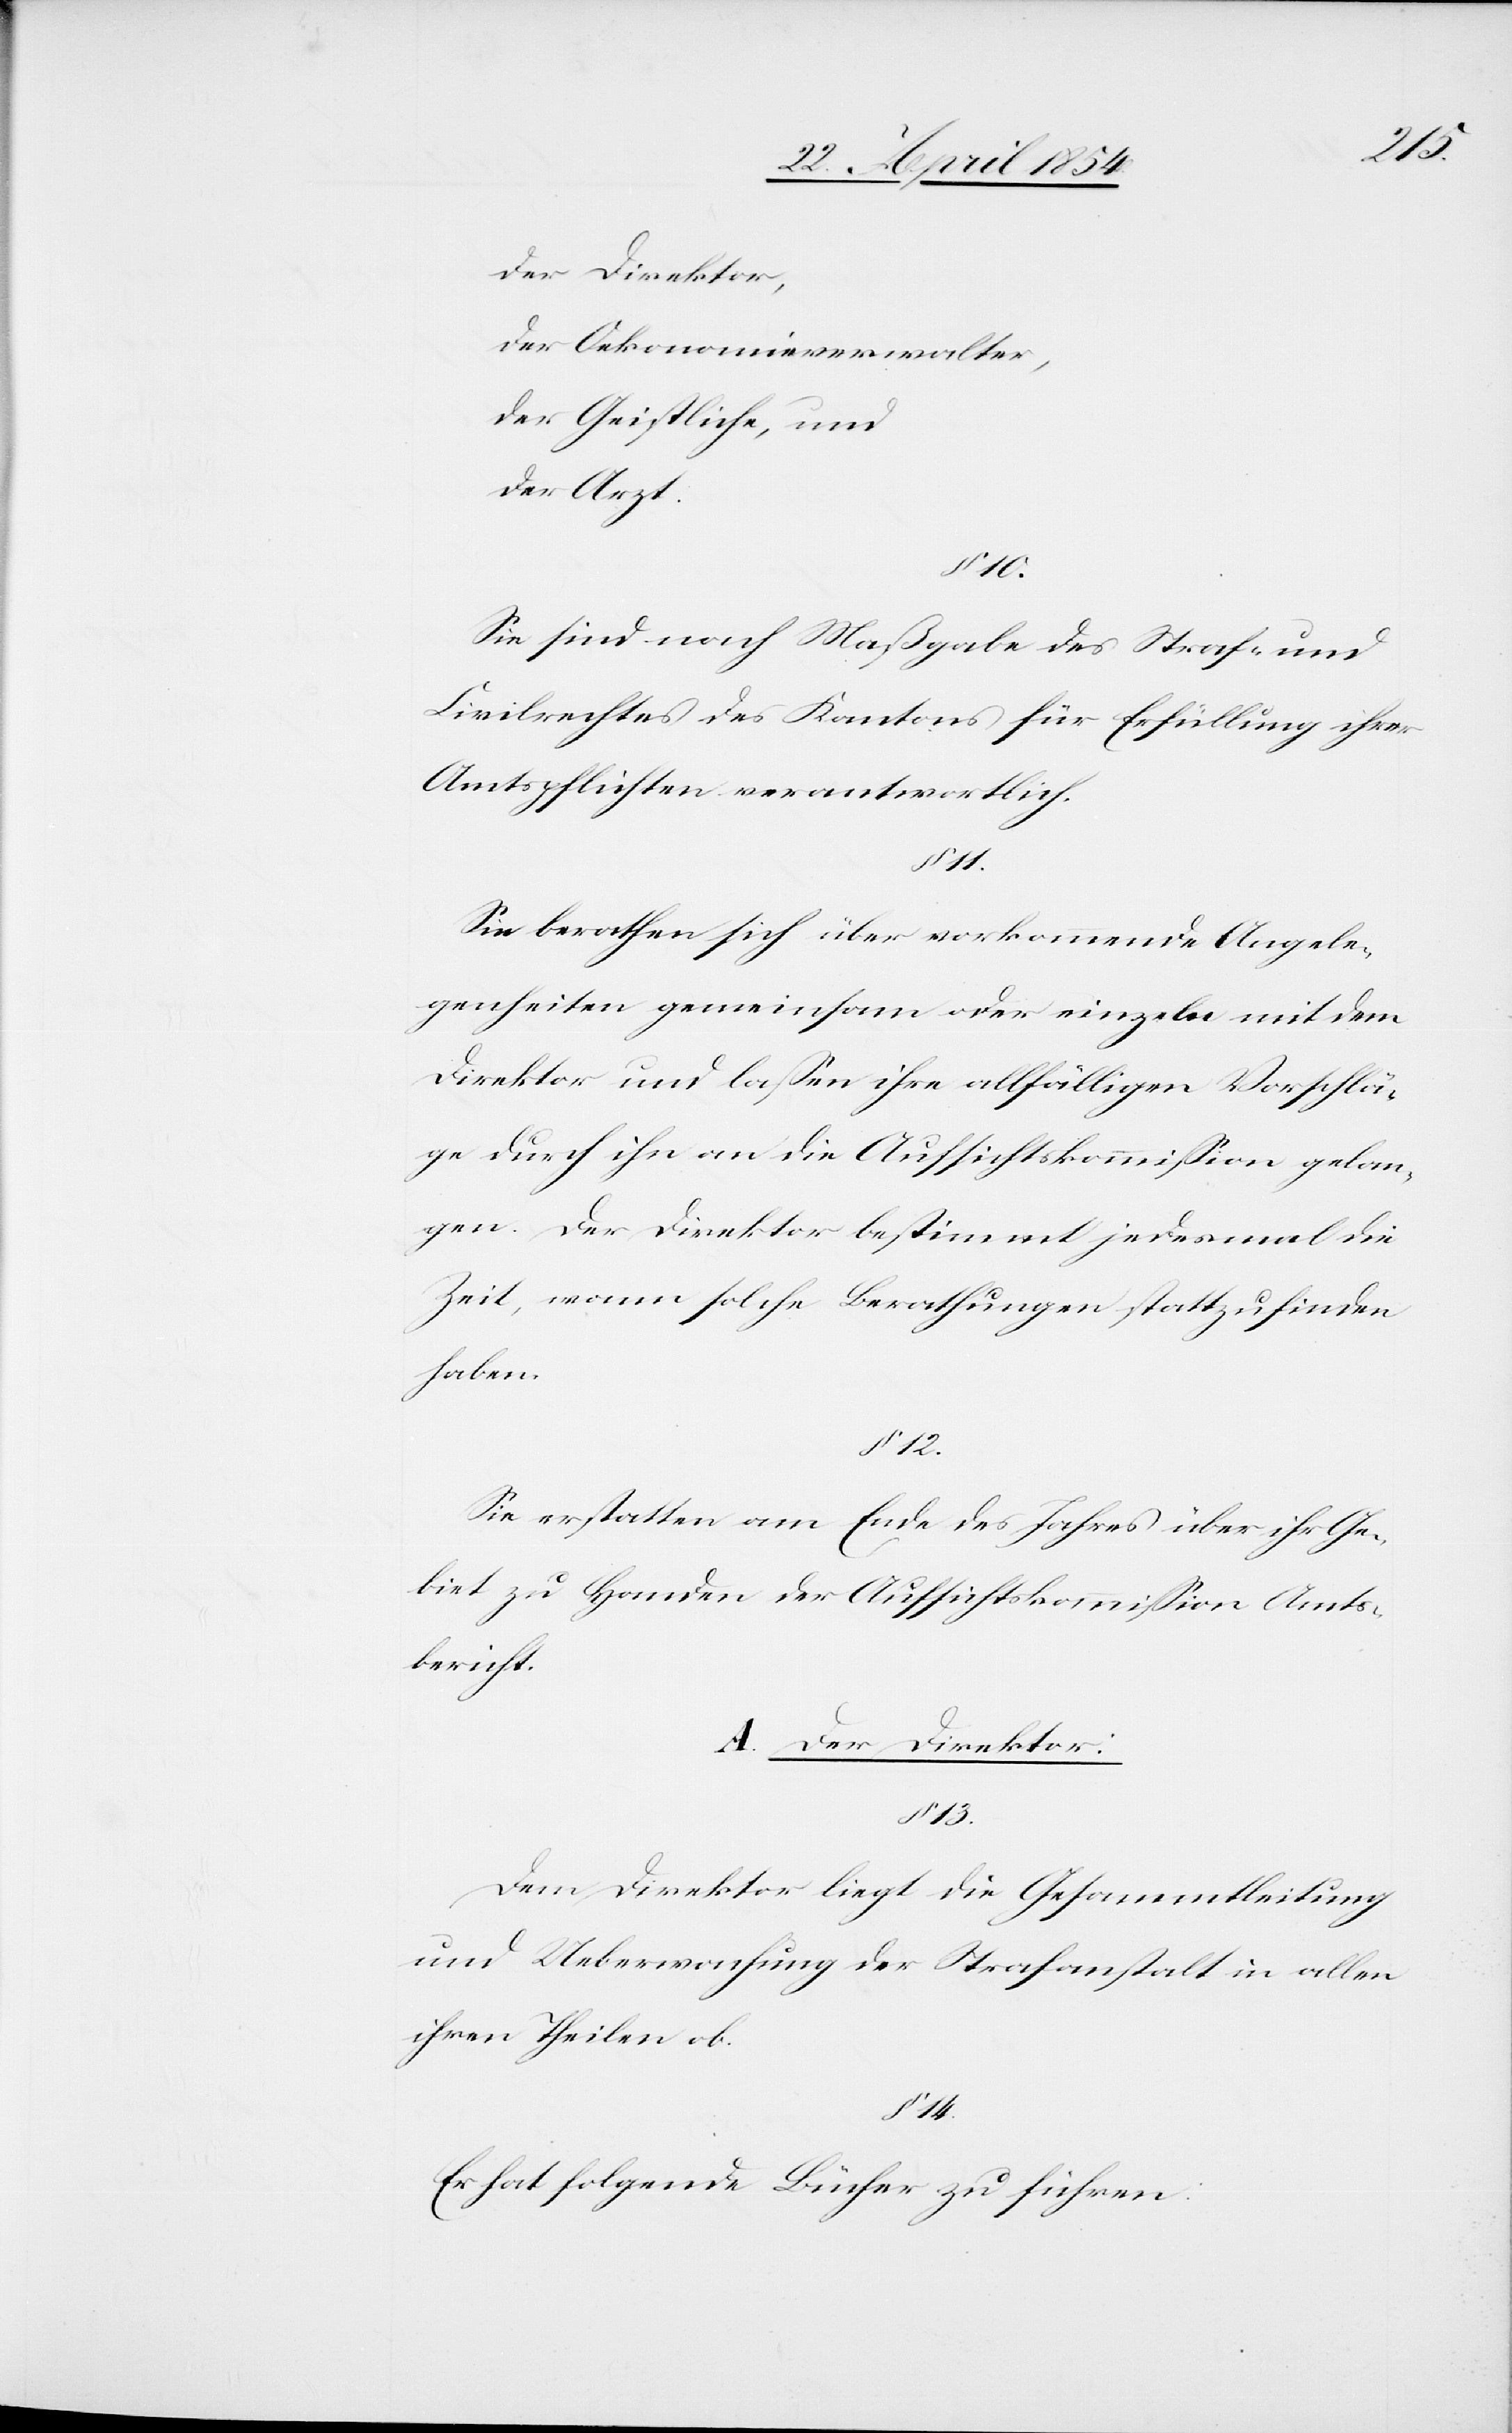
der Direktor,
der Oekonomieverwalter,
der Geistliche, und
der Arzt.
10.
Sie sind nach Maßgabe des Straf- und
Civilrechtes des Kantons für Erfüllung ihrer
Amtspflichten verantwortlich.
11.
Sie berathen sich über vorkommende Angele¬
genheiten gemeinsam oder einzeln mit dem
Direktor und laßen ihre allfälligen Vorschla¬
ge durch ihn an die Aufsichtskommißion gelan¬
gen. Der Direktor bestimmt jedesmal die
Zeit, wann solche Berathungen stattzufinden
haben.
§ 12.
Sie erstatten am Ende des Jahres über ihr Ge¬
biet zu Handen der Aufsichtskommißion Amts¬
bericht.
A. Der Direktor:
13.
Dem Direktor liegt die Gesammtleitung
und Ueberwachung der Strafanstalt in allen
ihren Theilen ob.
14.
Er hat folgende Bücher zu führen: